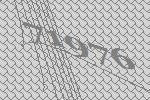
71976